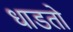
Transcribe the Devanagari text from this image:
धाडतो